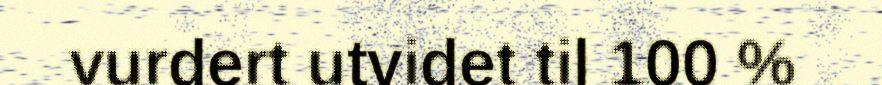
vurdert utvidet til 100 %